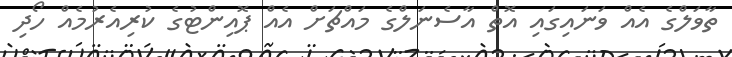
ތާވަލްގެ އެއް ވަނައިގައި އޮތް އާސެނަލްގެ މައްޗަށް އެއް ޕޮއިންޓުގެ ކުރިއެރުމެއް ހޯދި